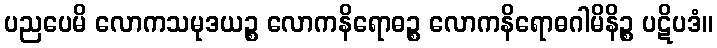
ပညပေမိ လောကသမုဒယဉ္စ လောကနိရောဓဉ္စ လောကနိရောဓဂါမိနိဉ္စ ပဋိပဒံ။